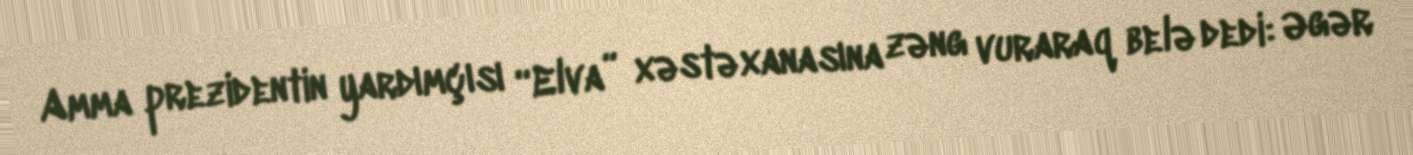
Amma prezidentin yardımçısı “Elva” xəstəxanasına zəng vuraraq belə dedi: Əgər